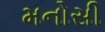
મનોસી